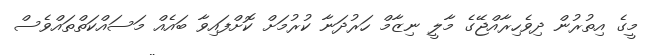
މީގެ އިތުރުން ދިވެހިރާއްޖޭގެ މާލީ ނިޒާމް ހަރުދަނާ ކުރުމަށް ކޮށްފައިވާ ބައެއް މަސައްކަތްތައްވެސް